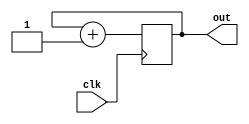
`timescale 1ns/1ps
module Counter(clk, out);
    input                   clk;
    output reg [2:0]        out;
        initial begin
            out <= 3'b000;
        end;
    always @(posedge clk)  begin
        out <= out + 1;
    end
endmodule